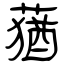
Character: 蕕